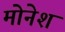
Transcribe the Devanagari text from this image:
मोनेश